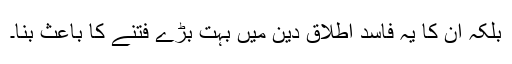
بلکہ ان کا یہ فاسد اطلاق دین میں بہت بڑے فتنے کا باعث بنا۔